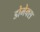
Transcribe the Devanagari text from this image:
डोमेक्स